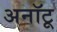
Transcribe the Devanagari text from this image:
अनॉटू